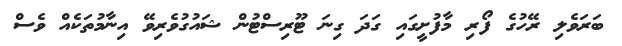
ބަރަވެލި ރޭހުގެ ފޯރި މާފުށީގައި ގަދަ ގިނަ ޓޫރިސްޓުން ޝައުގުވެރިވޭ އިނާމުތަކެއް ވެސް